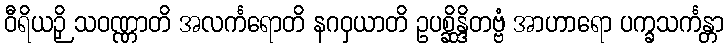
ဝီရိယဉှိ သဝဏ္ဏာတိ အလင်္ကရောတိ နဂဝှယာတိ ဥပစ္ဆိန္ဒိတဗ္ဗံ အာဟာရော ပက္ခသင်္ကန္တာ